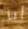
أنا